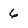
Character: 6